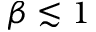
\beta \lesssim 1